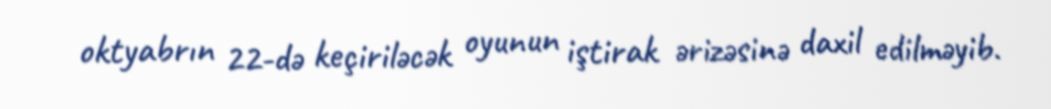
oktyabrın 22-də keçiriləcək oyunun iştirak ərizəsinə daxil edilməyib.